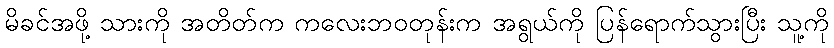
မိခင်အဖို့ သားကို အတိတ်က ကလေးဘဝတုန်းက အရွယ်ကို ပြန်ရောက်သွားပြီး သူ့ကို